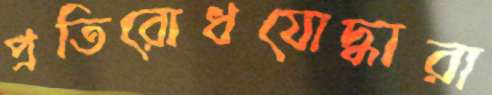
প্রতিরোধযোদ্ধারা